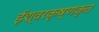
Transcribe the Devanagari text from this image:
ईश्वरकृष्णकृत